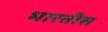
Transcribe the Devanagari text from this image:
भारतीस